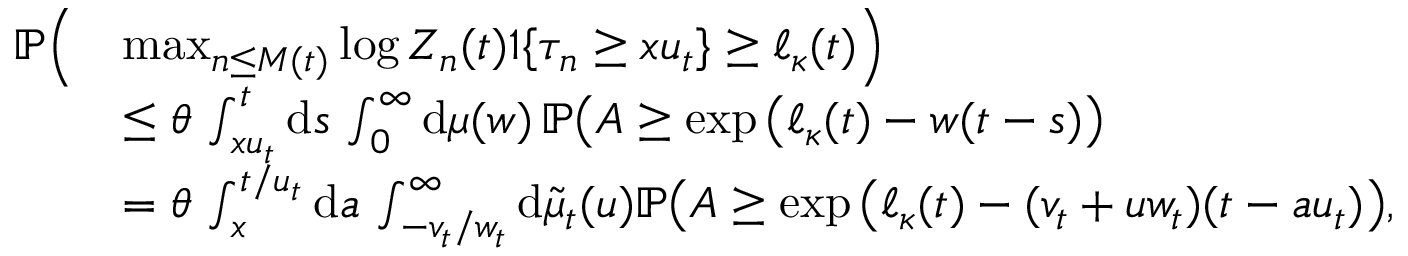
\begin{array} { r l } { \mathbb P \Big ( } & { \operatorname* { m a x } _ { n \leq M ( t ) } \log Z _ { n } ( t ) \boldsymbol 1 \{ \tau _ { n } \geq x u _ { t } \} \geq \ell _ { \kappa } ( t ) \Big ) } \\ & { \leq \theta \, \int _ { x u _ { t } } ^ { t } \mathrm d s \, \int _ { 0 } ^ { \infty } \mathrm d \mu ( w ) \, \mathbb P \big ( A \geq \exp \big ( \ell _ { \kappa } ( t ) - w ( t - s ) \big ) } \\ & { = \theta \, \int _ { x } ^ { t / u _ { t } } \mathrm d a \, \int _ { - v _ { t } / w _ { t } } ^ { \infty } \mathrm d \tilde { \mu } _ { t } ( u ) \mathbb P \big ( A \geq \exp \big ( \ell _ { \kappa } ( t ) - ( v _ { t } + u w _ { t } ) ( t - a u _ { t } ) \big ) , } \end{array}